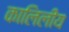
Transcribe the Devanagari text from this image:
कालिलीय